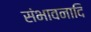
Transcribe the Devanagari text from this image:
संभावनादि